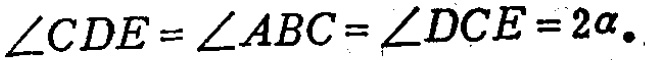
\(\angle CDE = \angle ABC = \angle DCE = 2\alpha.\)